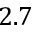
2 . 7